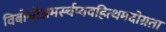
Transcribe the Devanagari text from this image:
विबोधोअमर्स्चप्यवहित्थमदोग्रता